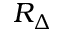
R _ { \Delta }